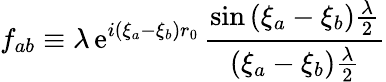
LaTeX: f_{ab}\equiv\lambda\, \mathrm{e}^{i(\xi_{a}-\xi_{b})r_{0}}\, \frac{{\sin\left(\xi_{a}-\xi_{b}\right)\frac{{\lambda}}{{2}}}}{{\left(\xi_{a}-\xi_{b}\right)\frac{{\lambda}}{{2}}}}